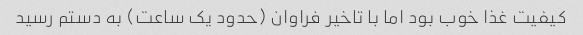
کیفیت غذا خوب بود اما با تاخیر فراوان (حدود یک ساعت) به دستم رسید